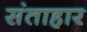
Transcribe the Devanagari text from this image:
संताहार